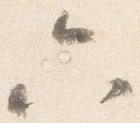
六